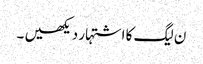
ن لیگ کا اشتہار دیکھیں ۔